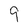
Character: 9